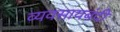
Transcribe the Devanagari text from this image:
व्यवसायबंदी